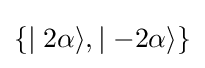
\lbrace \mid 2\alpha \rangle ,\mid -2\alpha \rangle \rbrace